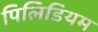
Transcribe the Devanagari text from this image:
पिलिडियम